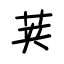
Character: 荚